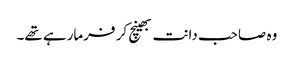
وہ صاحب دانت بھینچ کر فرمارہے تھے۔